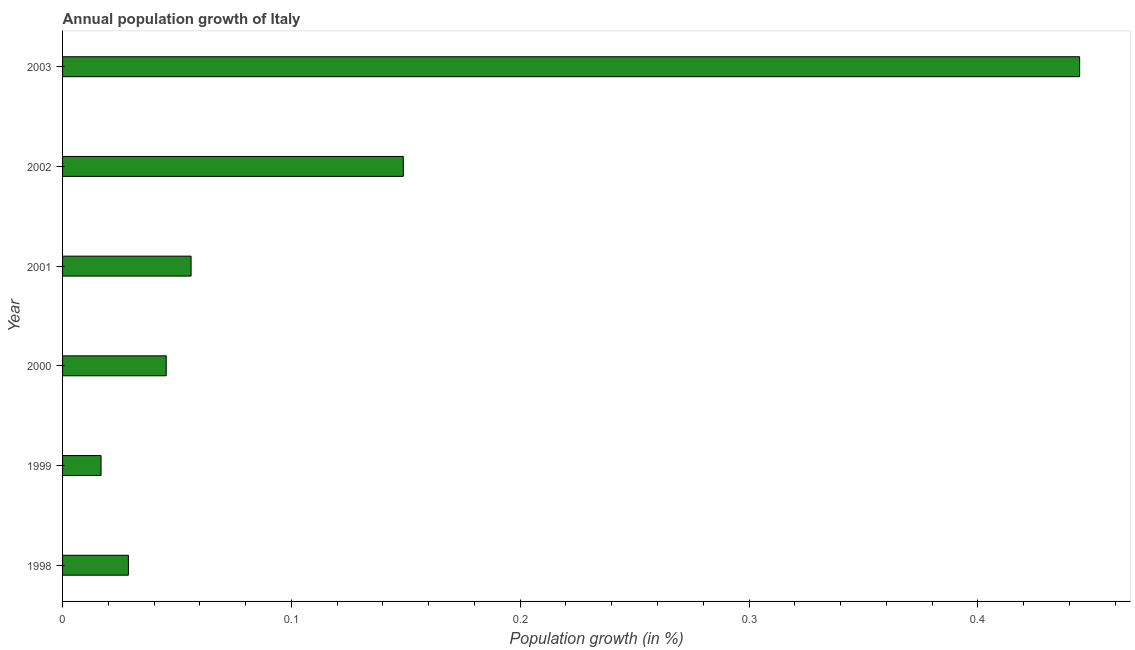
| Year | Population growth |
 | --- | --- |
 | 1998 | 0.0288 |
 | 1999 | 0.0168 |
 | 2000 | 0.0453 |
 | 2001 | 0.0562 |
 | 2002 | 0.149 |
 | 2003 | 0.445 |